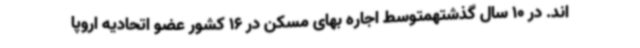
اند. در 10 سال گذشتهمتوسط اجاره بهای مسکن در 16 کشور عضو اتحادیه اروپا